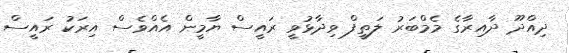
ދިއްދޫ ދާއިރާގެ މެމްބަރު ލަތީފް ވިދާޅުވީ ރައީސް ޔާމީން އެއްވެސް އިރަކު ރައީސް